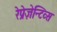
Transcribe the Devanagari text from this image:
रेप्रेज़ेन्टिव्स